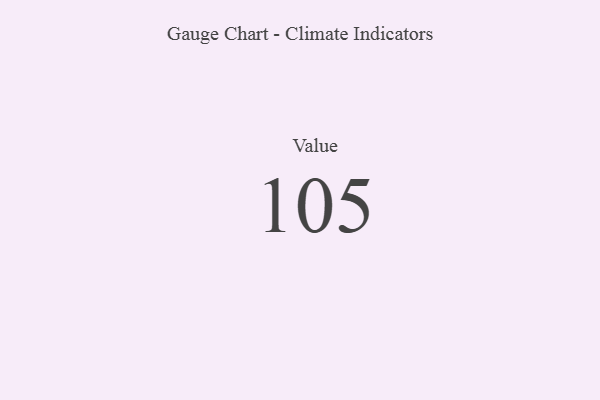
{"axis": {"x": "Metric", "y": "Value"}, "legend": [""], "data": [{"x": "Value", "y": 105, "type": ""}]}